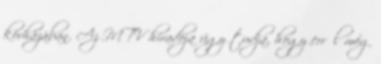
kórházában. Az MTV híradója úgy tudja, hogy erről még